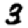
Digit: 3